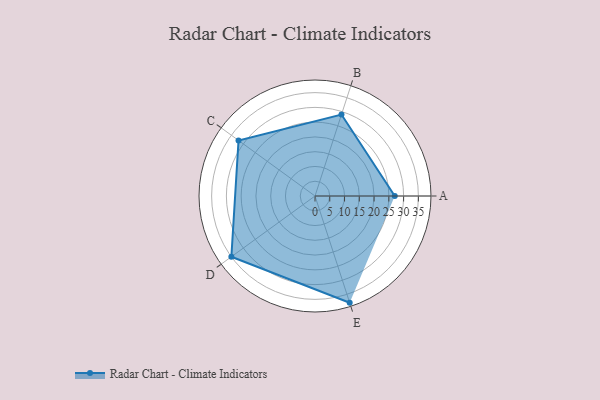
{"axis": {"x": "Skill", "y": "Score"}, "legend": ["Profile"], "data": [{"x": "A", "y": 27.0, "type": "Profile"}, {"x": "B", "y": 29.0, "type": "Profile"}, {"x": "C", "y": 32.0, "type": "Profile"}, {"x": "D", "y": 35.0, "type": "Profile"}, {"x": "E", "y": 38.0, "type": "Profile"}]}